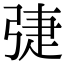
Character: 𢏵